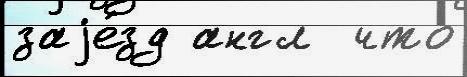
заjе́зд англ  что